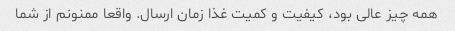
همه چیز عالی بود، کیفیت و کمیت غذا زمان ارسال. واقعا ممنونم از شما